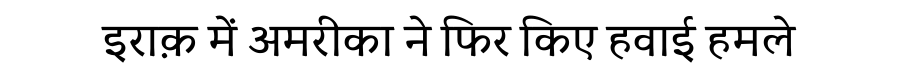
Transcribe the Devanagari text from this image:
इराक़ में अमरीका ने फिर किए हवाई हमले